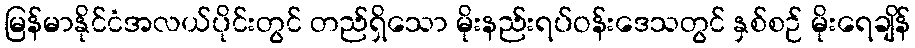
မြန်မာနိုင်ငံအလယ်ပိုင်းတွင် တည်ရှိသော မိုးနည်းရပ်ဝန်းဒေသတွင် နှစ်စဉ် မိုးရေချိန်